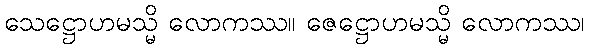
သေဋ္ဌောဟမသ္မိ လောကဿ။ ဇေဋ္ဌောဟမသ္မိ လောကဿ၊